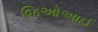
જિઓઆઈ